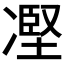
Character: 𠗻